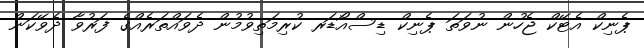
ޕެނިކް އެޓޭކް ޖެހުން ނުވަތަ ޕެނިކް ޑިސްއޯޑަރ ކުރިމަތިވުމުން ދެވައްތަރެއްގެ ފަރުވާ ދެވޭކަން